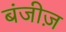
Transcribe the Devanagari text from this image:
बंजीज़